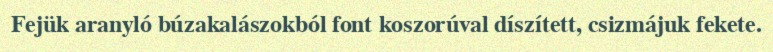
Fejük aranyló búzakalászokból font koszorúval díszített, csizmájuk fekete.